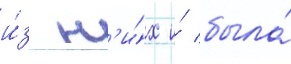
и́з н'и́х и́ была́